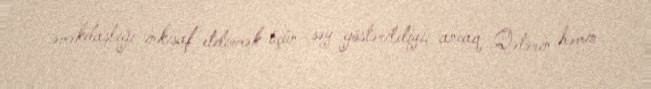
əməkdaşlığı inkişaf etdirmək üçün səy göstərildiyi, ancaq Qətərin həmin